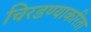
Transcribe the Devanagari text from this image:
चिरडण्याकरिता